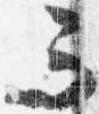
而